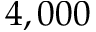
4 , 0 0 0